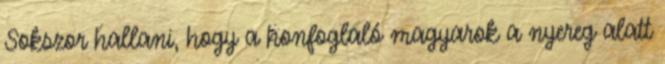
Sokszor hallani, hogy a honfoglaló magyarok a nyereg alatt